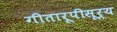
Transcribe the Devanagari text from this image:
गीतारूपीसूर्य